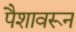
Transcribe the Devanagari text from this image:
पैशावरून